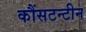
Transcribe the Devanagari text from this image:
कौंसटन्टीन